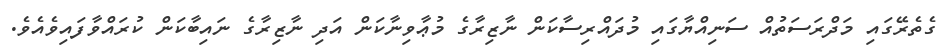
ގެތެރޭގައި މަދްރަސަތުއް ސަނިއްޔާގައި މުދައްރިސާކަން ނާޒިރާގެ މުޢާވިނާކަން އަދި ނާޒިރާގެ ނައިބާކަން ކުރައްވާފައިވެއެވެ.